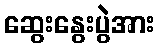
ဆွေးနွေးပွဲအား